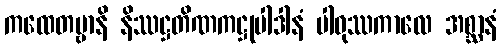
ကထေတဗ္ဗာနိ နိဿဋ္ဌတိဏကဋ္ဌုပါဒါနံ ပါဝုဿကာလေ အစ္ဆာနံ